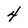
Character: 4